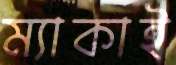
ম্যাকাই